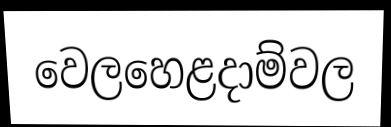
වෙලහෙළදාම්වල